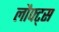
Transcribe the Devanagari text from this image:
लौफ्ट्स